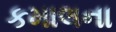
કમાલના